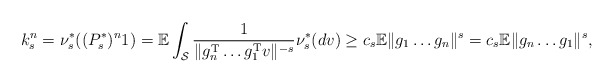
\begin{align*} k_{s}^n = \nu_{s}^*( (P_s^*)^n 1) = \mathbb{E} \int_{\mathcal{S}}\frac{1}{\| g_n^{\mathrm T}\ldots g_1^{\mathrm T} v \|^{-s} } \nu_{s}^*(dv) \geq c_s \mathbb{E}\|g_1 \ldots g_n\|^s= c_s \mathbb{E}\|g_n \ldots g_1\|^s, \end{align*}